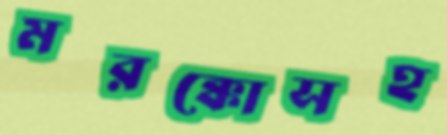
মরক্কোসহ